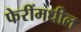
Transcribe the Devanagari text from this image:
फेरींमधील